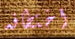
اختطافه